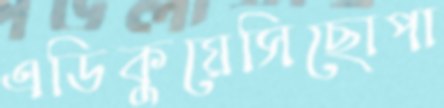
এডিকুয়েসিছোপা